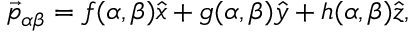
\vec { p } _ { \alpha \beta } = f ( \alpha , \beta ) \hat { x } + g ( \alpha , \beta ) \hat { y } + h ( \alpha , \beta ) \hat { z } ,